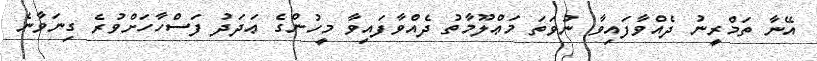
އޭނާ ތަމްރީނު ދެއްވާފައިވާ ނުވަތަ މަޢްލޫމާތު ދެއްވާފައިވާ މީހުންގެ ޢަދަދު ފަސްހާހަށްވުރެ ގިނަވާނެ